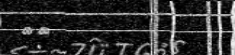
١٥